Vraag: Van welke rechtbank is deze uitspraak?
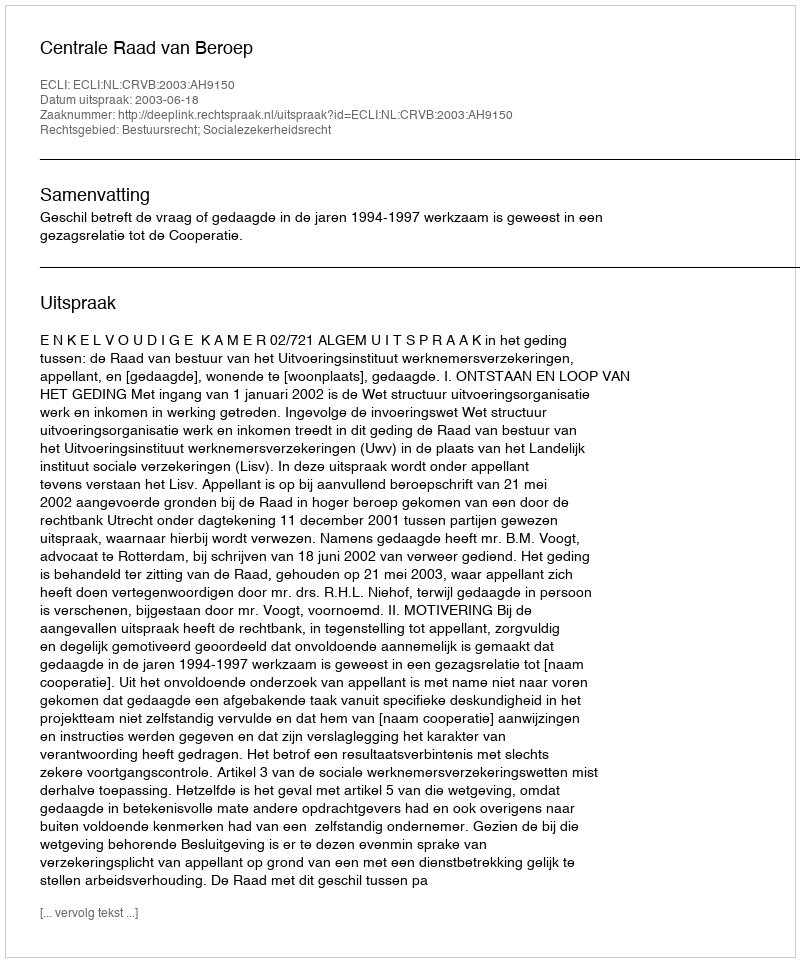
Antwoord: Centrale Raad van Beroep